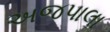
અજપાલા